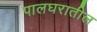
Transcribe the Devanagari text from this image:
पालघरातील